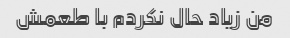
من زیاد حال نکردم با طعمش